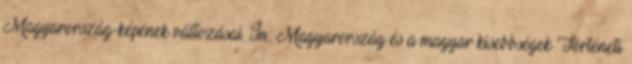
Magyarország-képének változásai. In: Magyarország és a magyar kisebbségek Történeti